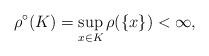
LaTeX: \begin{align*}{ \rho^{\circ}(K) } = { \sup_{x \in K} \rho(\{ x \}) } < { \infty },\end{align*}